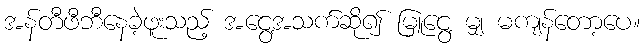
အန်တီဖီဘီနေခဲ့ဖူးသည့် အငွေ့အသက်ဆို၍ မြူငွေ့ မျှ မကျန်တော့ပေ။